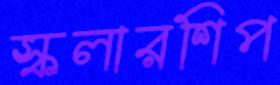
স্কলারশিপ